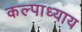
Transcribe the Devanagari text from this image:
कल्पाध्याय